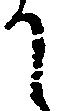
に